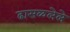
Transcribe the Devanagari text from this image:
ढासळलेले